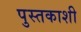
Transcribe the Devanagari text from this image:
पुस्तकाशी